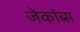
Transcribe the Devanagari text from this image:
जेकॉब्स